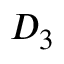
D _ { 3 }